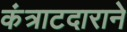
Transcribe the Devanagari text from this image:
कंत्राटदाराने